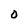
Character: O